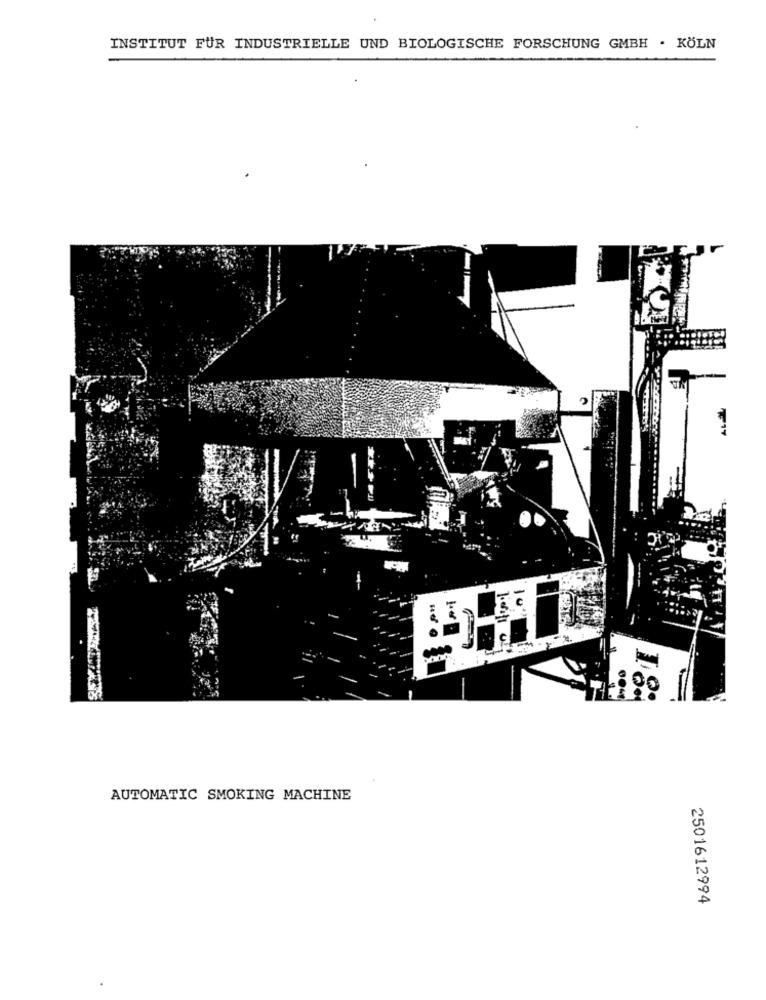
INSTITUT FUR INDUSTRIELLE UND BIOLOGISCHE FORSCHUNG GMBH . KÖLN
1005
AUTOMATIC SMOKING MACHINE
2501612994